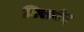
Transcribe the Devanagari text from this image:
गिरानंद